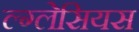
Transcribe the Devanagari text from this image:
ल्ग्लेसियस